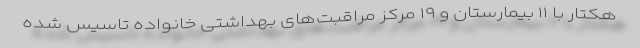
هکتار با ۱۱ بیمارستان و ۱۹ مرکز مراقبت‌های بهداشتی خانواده تاسیس شده